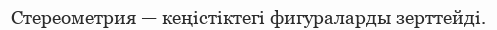
Стереометрия — кеңістіктегі фигураларды зерттейді.